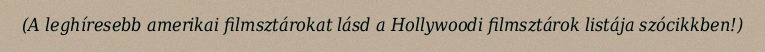
(A leghíresebb amerikai filmsztárokat lásd a Hollywoodi filmsztárok listája szócikkben!)